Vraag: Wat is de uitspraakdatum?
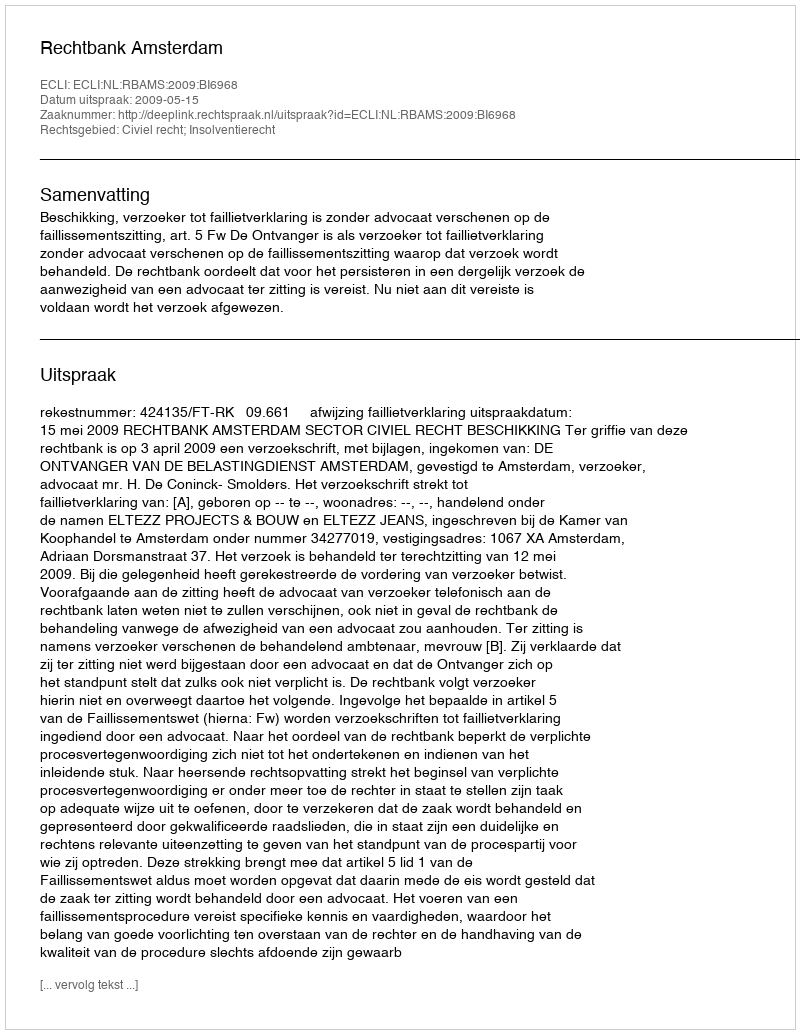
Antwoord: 2009-05-15